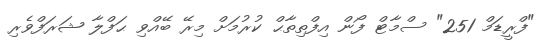
"ފްރީޑަމް 251" ސްމާޓް ފޯން އިފްތިތާޙް ކުރުމަށް މިރޭ ބޭއްވި ޙަފްލާ ޝަރަފްވެރި